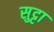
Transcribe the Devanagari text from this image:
सुट्टा